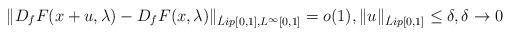
LaTeX: \begin{align*}\|D_fF(x+u,\lambda)-D_fF(x,\lambda)\|_{\dot Lip[0,1],L^\infty[0,1]}=o(1),\|u\|_{\dot Lip[0,1]}\leq \delta, \delta\to 0\end{align*}